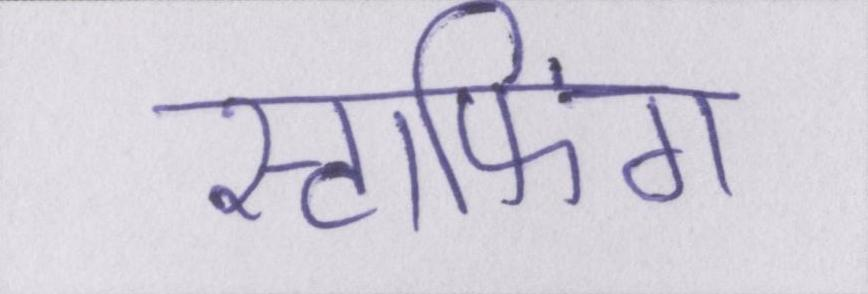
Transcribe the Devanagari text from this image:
स्टाफिंग